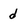
Character: d